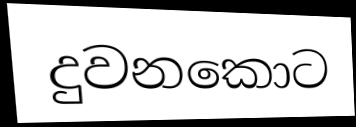
දුවනකොට